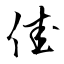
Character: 佳